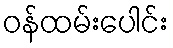
ဝန်ထမ်းပေါင်း